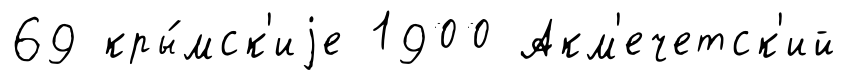
69 кры́мск'иjе 1900 Акм'ечетск'ий